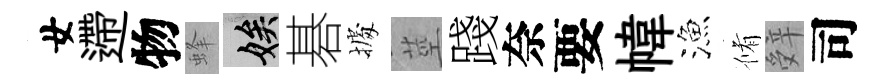
女遰物蜂娭碁𢴃莖踐奈要幃漁脩辤司